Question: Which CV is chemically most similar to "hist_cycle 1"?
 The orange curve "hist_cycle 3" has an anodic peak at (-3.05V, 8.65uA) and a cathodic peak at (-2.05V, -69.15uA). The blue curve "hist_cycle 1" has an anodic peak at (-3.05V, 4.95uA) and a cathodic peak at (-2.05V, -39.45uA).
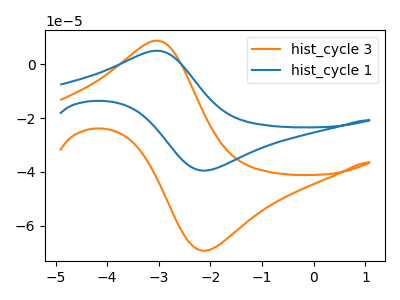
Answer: <think>All the peaks in "hist_cycle 3" have a peak in "hist_cycle 1" at the same potential. Every peak in "hist_cycle 3" is higher than every peak in "hist_cycle 1".
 </think>
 <answer>The CV with the most similar shape to "hist_cycle 3" is "hist_cycle 1".</answer>
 <eval>"hist_cycle 1"</eval>